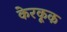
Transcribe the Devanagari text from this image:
केरकूक